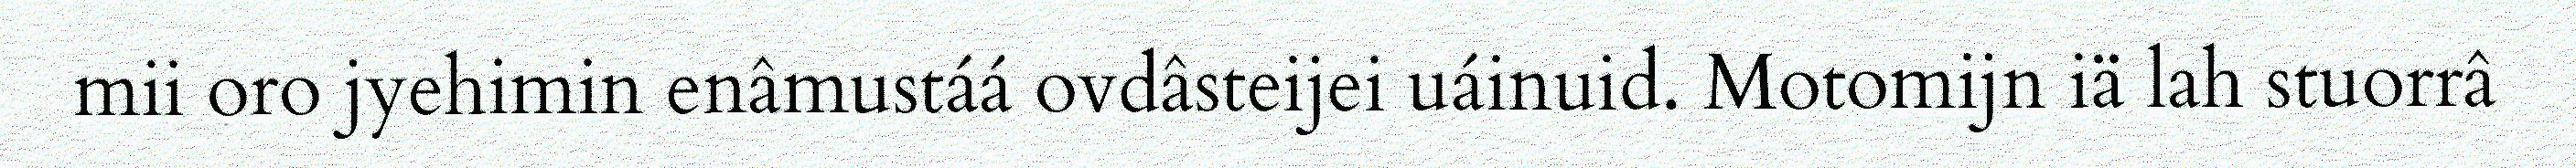
mii oro jyehimin enâmustáá ovdâsteijei uáinuid. Motomijn iä lah stuorrâ